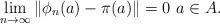
LaTeX: \begin{align*}\lim_{n \to \infty}\| \phi_n(a) - \pi (a)\|=0~ a\in A.\end{align*}